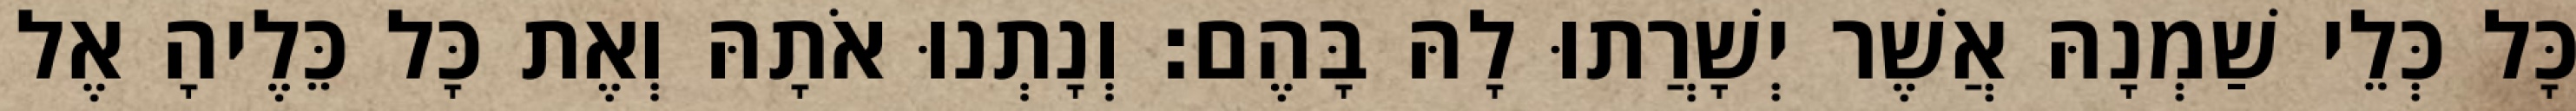
כָּל כְּלֵי שַׁמְנָהּ אֲשֶׁר יְשָׁרֲתוּ לָהּ בָּהֶם׃ וְנָתְנוּ אֹתָהּ וְאֶת כָּל כֵּלֶיהָ אֶל